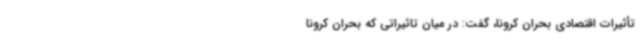
تأثیرات اقتصادی بحران کرونا، گفت: در میان تاثیراتی که بحران کرونا